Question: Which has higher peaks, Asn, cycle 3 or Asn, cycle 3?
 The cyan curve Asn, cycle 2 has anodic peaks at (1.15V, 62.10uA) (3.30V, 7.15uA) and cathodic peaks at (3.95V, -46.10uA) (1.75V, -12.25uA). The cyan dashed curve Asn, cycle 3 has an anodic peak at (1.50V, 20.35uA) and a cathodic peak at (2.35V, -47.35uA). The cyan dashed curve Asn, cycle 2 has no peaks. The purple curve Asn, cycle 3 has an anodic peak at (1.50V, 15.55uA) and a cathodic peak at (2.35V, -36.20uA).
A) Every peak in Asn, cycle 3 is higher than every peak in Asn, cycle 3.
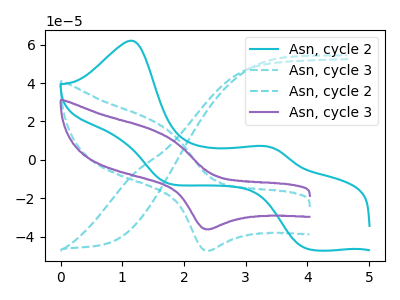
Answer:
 <answer>A) Every peak in "Asn, cycle 3" is higher than every peak in "Asn, cycle 3".</answer>
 <eval>A</eval>